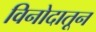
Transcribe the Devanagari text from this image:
विनोदातून